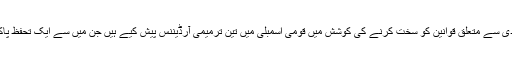
نواز حکومت نے انسداد دہشت گردی سے متعلق قوانین کو سخت کرنے کی کوشش میں قومی اسمبلی میں تین ترمیمی آرڈیننس پیش کیے ہیں جن میں سے ایک تحفظ پاکستان آرڈیننس متنازع بن چکا ہے۔